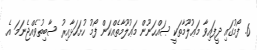
6. ފޯމުގައި ދީފައިވާ މަޢުލޫމާތަކީ ޞައްޙަނޫން މަޢުލޫމާތެއްކަން ފޯމު ހުށަހަޅާއިރު ސާބިތުވެއްޖެނަމަ އެ